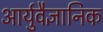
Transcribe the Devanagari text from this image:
आर्युवैज्ञानिक